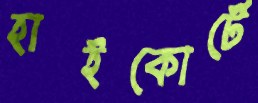
হাইকোর্টে